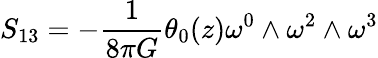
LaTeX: S_{13}=-\frac{1}{8{\pi}G}{\theta}_{0}(z){\omega}^{0}\wedge{\omega}^{2}\wedge{\omega}^{3}